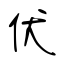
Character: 伏